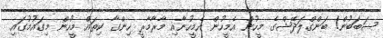
ސަބަބުން! ބަންގްލަދޭޝްގެ މީހުން އެމީހުން އެމީހުނާއި މާރާމާރީ ހިންގާ ކިތައް މީހުން މިގައުމުގައި